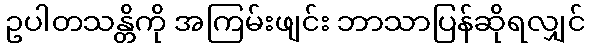
ဥပါတသန္တိကို အကြမ်းဖျင်း ဘာသာပြန်ဆိုရလျှင်